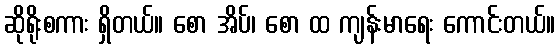
ဆိုရိုးစကား ရှိတယ်။ စော အိပ်၊ စော ထ ကျန်းမာရေး ကောင်းတယ်။